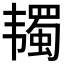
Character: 𱂋